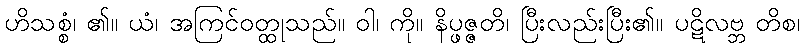
ဟိသစ္စံ၊ ၏။ ယံ၊ အကြင်ဝတ္ထုသည်။ ဝါ၊ ကို။ နိပ္ဖဇ္ဇတိ၊ ပြီးလည်းပြီး၏။ ပဋိလဗ္ဘ တိစ၊